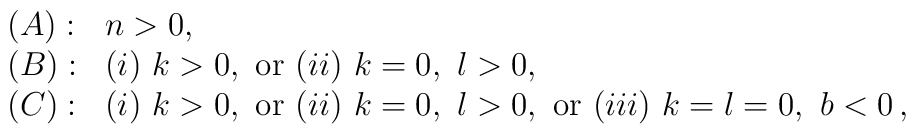
\begin{array}{ll}(A):& n>0, \\(B):& (i)\ k>0,\ {\rm or}\ (ii)\ k=0,\ l>0, \\(C):& (i)\ k>0,\ {\rm or}\        (ii)\ k=0,\ l>0,\ {\rm or}\        (iii)\ k=l=0,\ b<0\,,  \end{array}